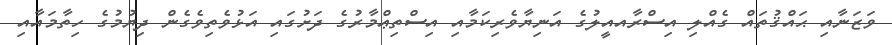
ވަޒަނާއި ޙައްޤުތައް ގެއްލި އިސްރާއއީލުގެ އަނިޔާވެރިކަމާއި އިސްތިޢްމާރުގެ ދަށުގައި އަޅުވެތިވެގެން ދިޔުމުގެ ހިތާމައާއި